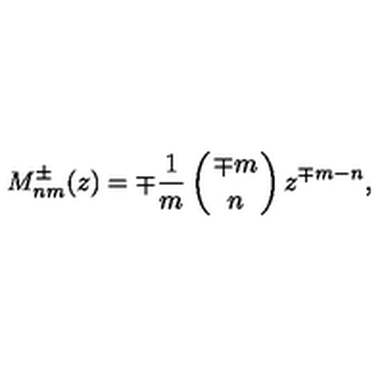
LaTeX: M _ { n m } ^ { \pm } ( z ) = \mp { \frac { 1 } { m } } \left( { \mp m \atop n } \right) z ^ { \mp m - n } ,